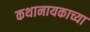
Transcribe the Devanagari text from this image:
कथानायकाच्या